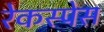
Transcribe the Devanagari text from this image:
रेकस्पेस